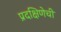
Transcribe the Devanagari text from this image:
प्रदक्षिणेची